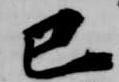
己